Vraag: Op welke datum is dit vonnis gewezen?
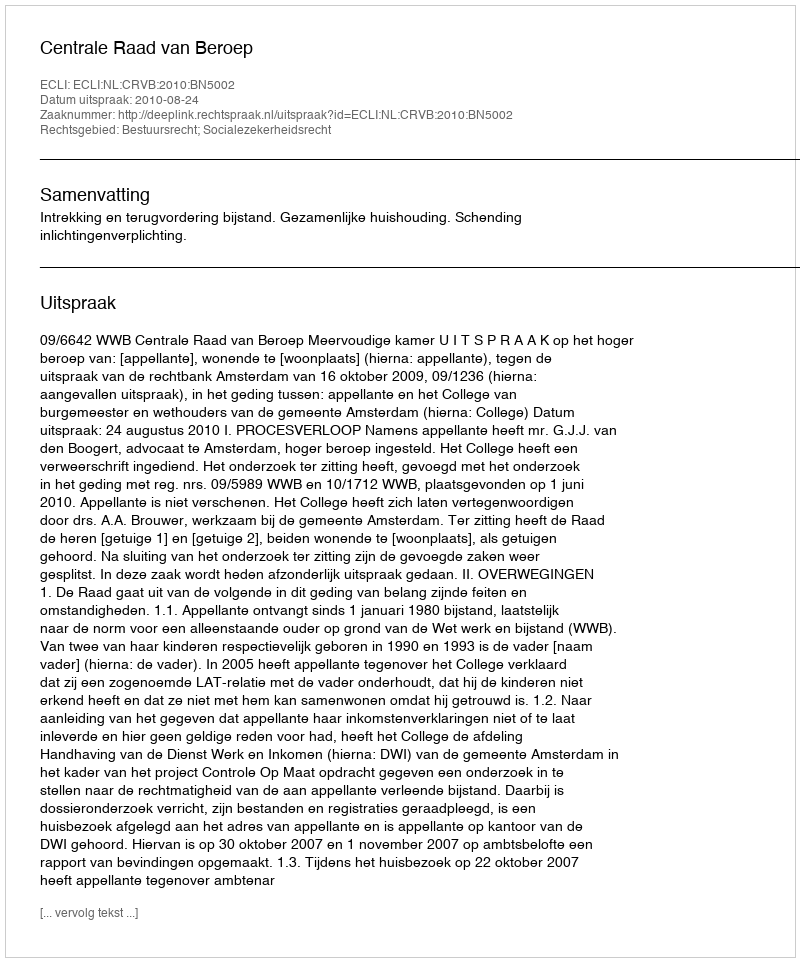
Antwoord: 2010-08-24